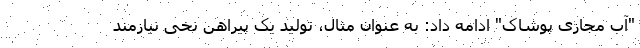
"آب مجازی پوشاک" ادامه داد: به عنوان مثال، تولید یک پیراهن نخی نیازمند